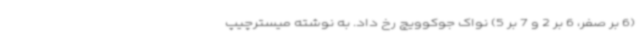
(6 بر صفر، 6 بر 2 و 7 بر 5) نواک جوکوویچ رخ داد. به نوشته میسترچیپ